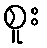
စူး